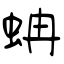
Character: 蚺